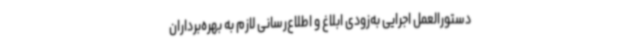
دستورالعمل اجرایی به‌زودی ابلاغ و اطلاع‌رسانی لازم به بهره‌برداران